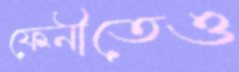
ফেনীতেও